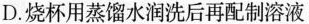
D.烧杯用蒸馏水润洗后再配制溶液